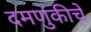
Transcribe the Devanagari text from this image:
दमणुकीचे